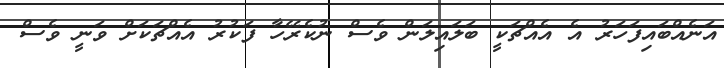
އަނެއްބައިފަހަރު އެ އެއްޗަކީ ބަލައިލަން ވެސް ނުކެރޭހާ ފަކުރު އެއްޗަކަށް ވަނީ ވެސް